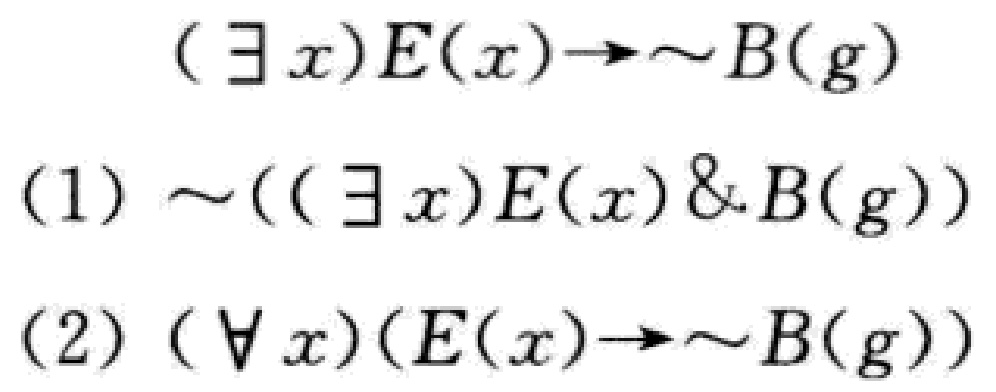
\[

(\exists x)E(x)\to\sim B(g)

\]

\[

(1) \sim((\exists x)E(x)\& B(g))

\]

\[

(2) (\forall x)(E(x)\to\sim B(g))

\]